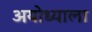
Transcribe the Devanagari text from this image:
अयोध्याला